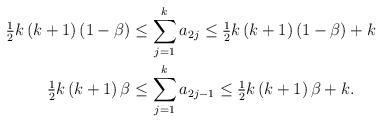
LaTeX: \begin{align*}\tfrac{1}{2}k\left(k+1\right)\left(1-\beta\right)&\leq \sum_{j=1}^{k} a_{2j} \leq \tfrac{1}{2}k\left(k+1\right)\left(1-\beta\right) + k\\\qquad\tfrac{1}{2}k\left(k+1\right)\beta &\leq \sum_{j=1}^{k} a_{2j-1} \leq \tfrac{1}{2}k\left(k+1\right)\beta + k.\end{align*}